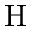
\mathrm { H }